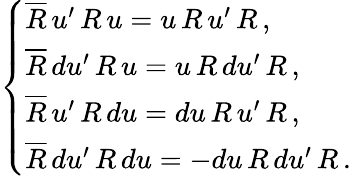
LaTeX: \left\{ \begin{array}{l}{{\overline{{{R}}}\, u^{\prime}\, R\, u=u\, R\, u^{\prime}\, R\, ,}}\\ {{\overline{{{R}}}\, du^{\prime}\, R\, u=u\, R\, du^{\prime}\, R\, ,}}\\ {{\overline{{{R}}}\, u^{\prime}\, R\, du=du\, R\, u^{\prime}\, R\, ,}}\\ {{\overline{{{R}}}\, du^{\prime}\, R\, du=-du\, R\, du^{\prime}\, R\, .}}\end{array}\right.